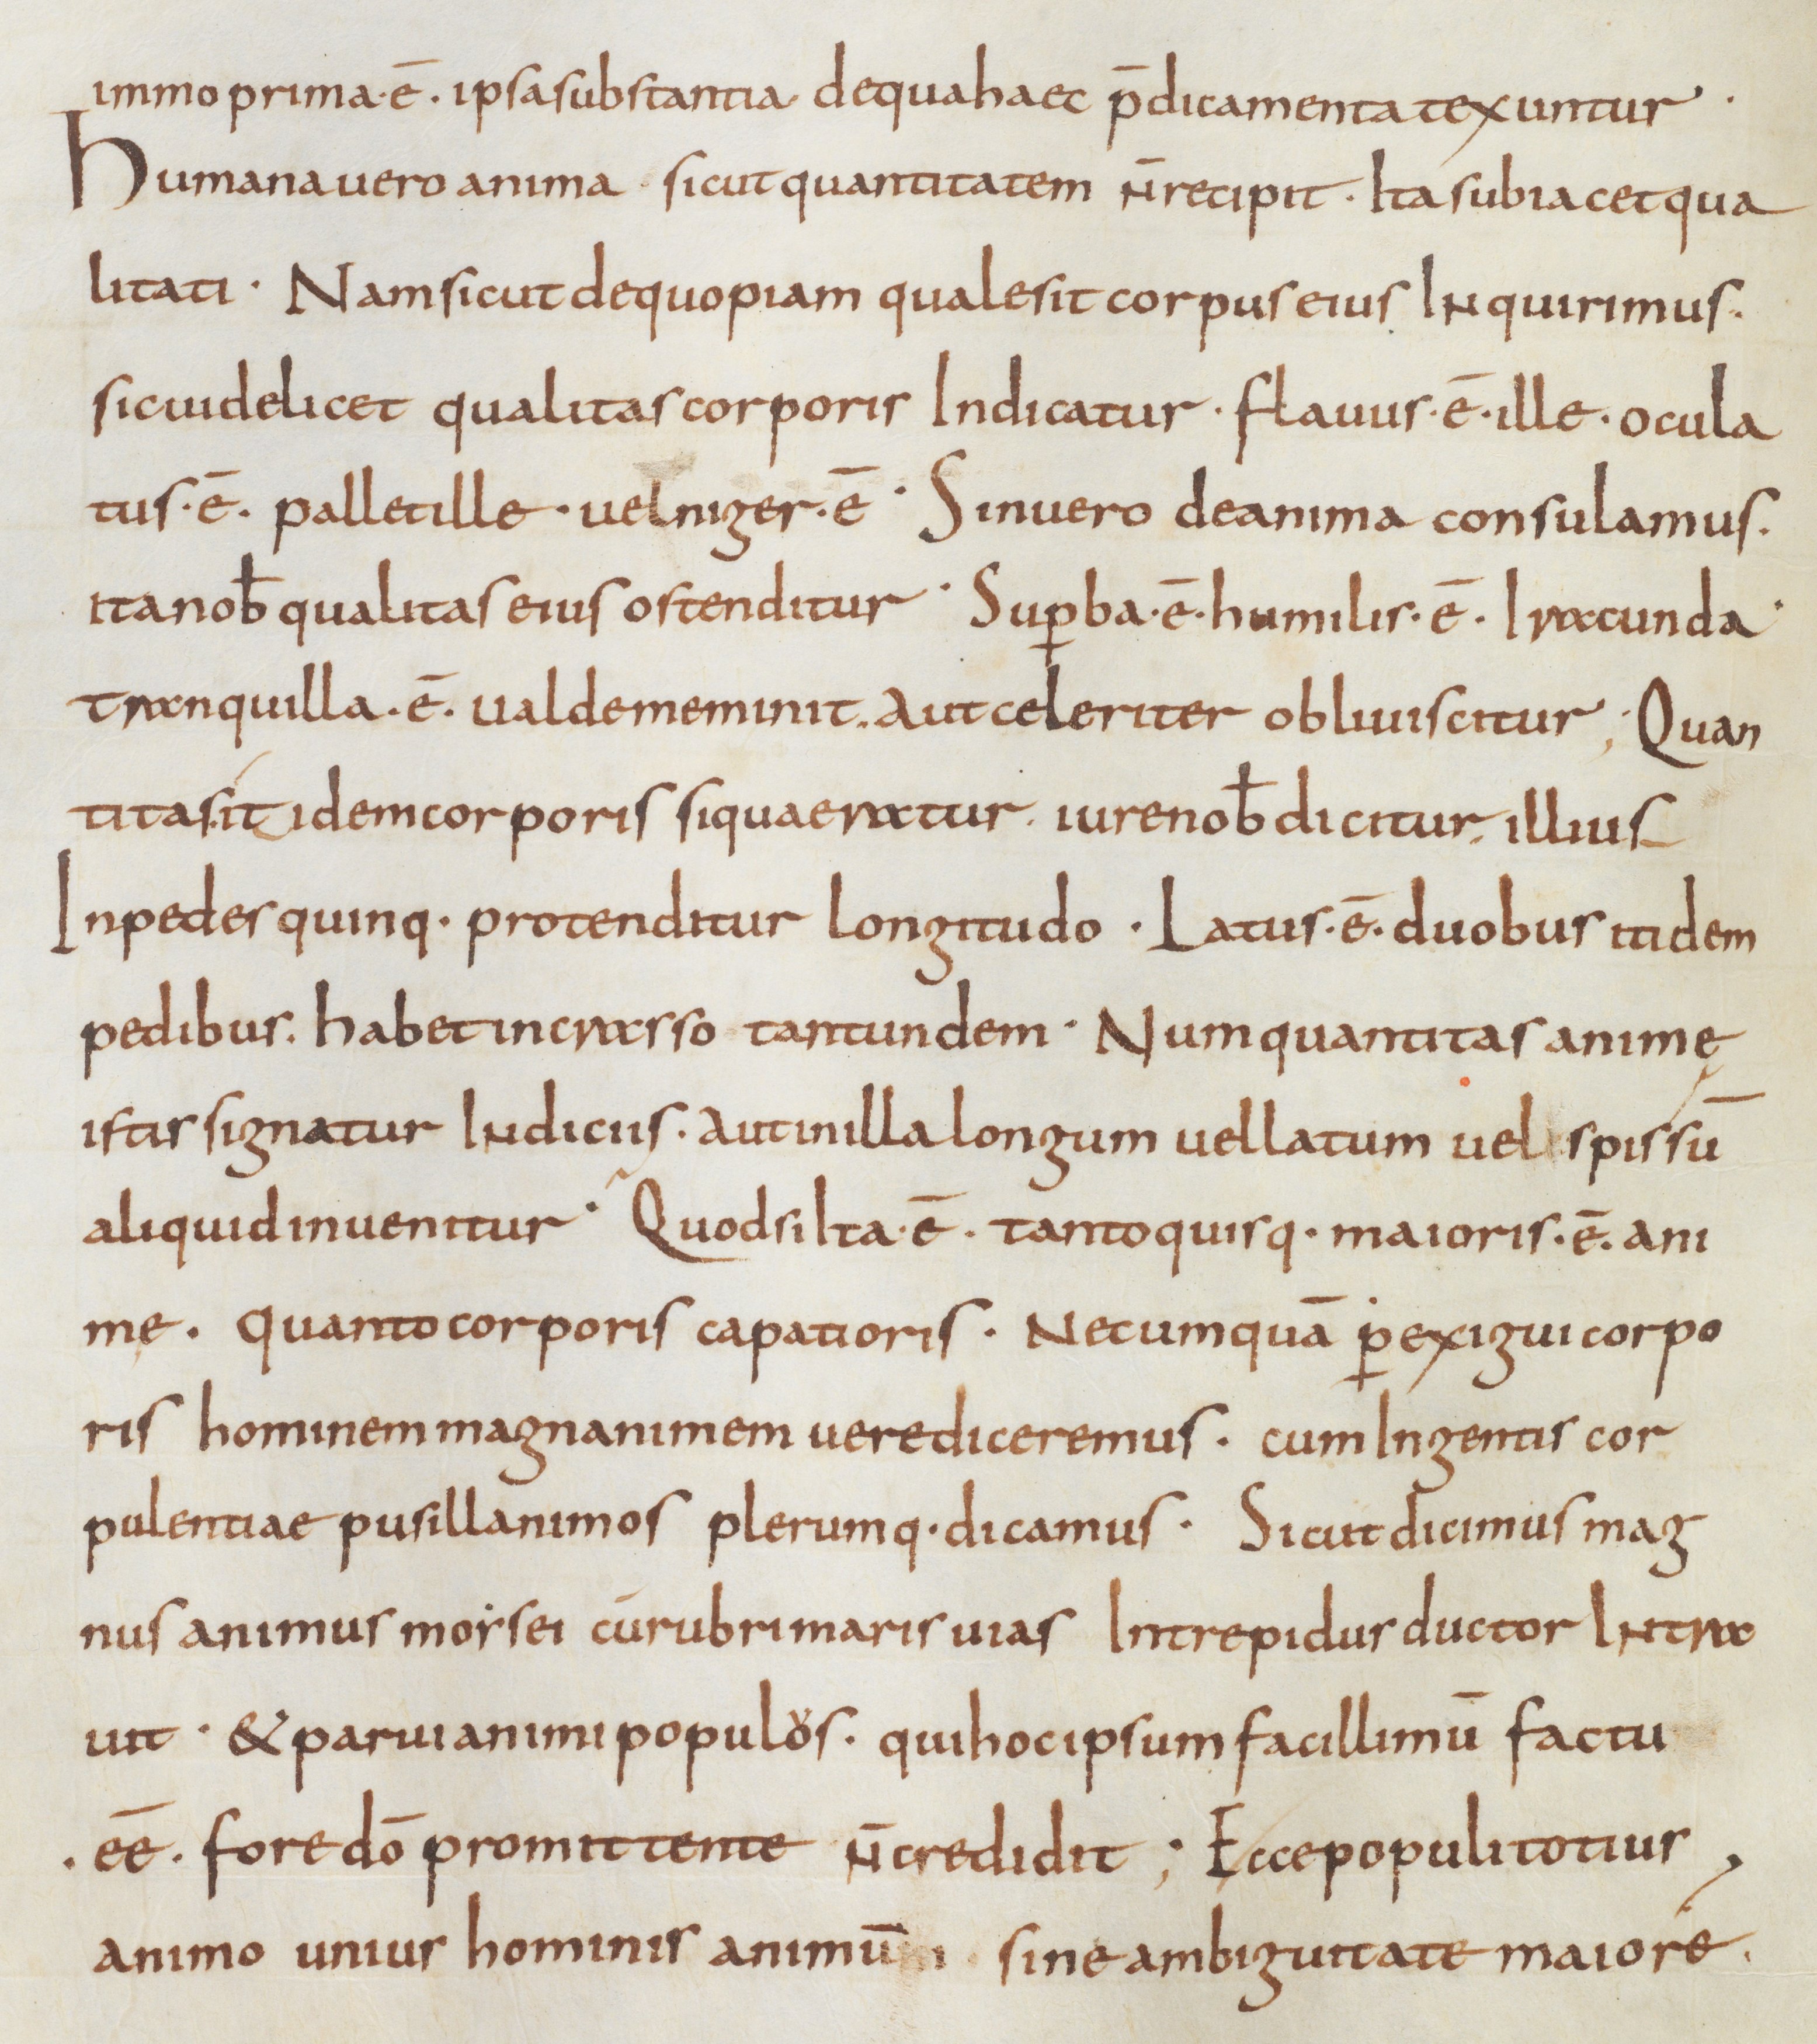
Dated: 850–874